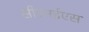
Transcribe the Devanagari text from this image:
सीएनईएस